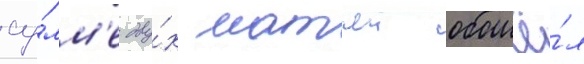
су́мм'е дву́х матчеи обошё́л